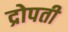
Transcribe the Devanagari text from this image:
द्रोपती